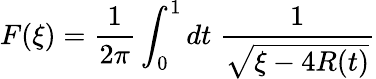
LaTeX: F(\xi)=\frac{1}{2\pi}\int_{0}^{1}dt\; \frac{1}{\sqrt{\xi-4R(t)}}